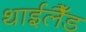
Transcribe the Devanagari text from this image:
थाईलैँड